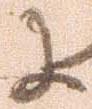
に